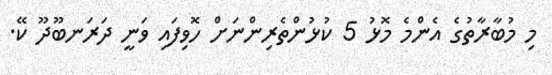
މި މުބާރާތުގެ އެންމެ މޮޅު 5 ކުޅުންތެރިންނަށް ހޮވިފައި ވަނީ ދަރަނބޫދޫ ކޭ.